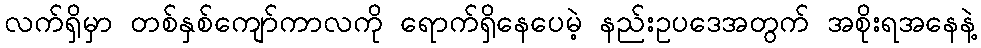
လက်ရှိမှာ တစ်နှစ်ကျော်ကာလကို ရောက်ရှိနေပေမဲ့ နည်းဥပဒေအတွက် အစိုးရအနေနဲ့